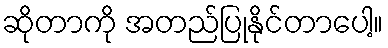
ဆိုတာကို အတည်ပြုနိုင်တာပေါ့။